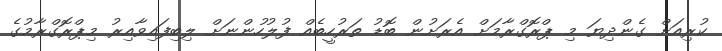
ކުރިއަށް ގެންދިޔަ މި ޕްރޮގްރާމަށް އެރަށުން ބޮޑު ތަރުހީބެއް ފުލުހުންނަށް ލިބިފައިވާއިރު މިޕްރޮގްރާމުގެ